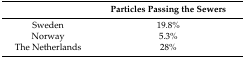
<table><thead><tr><td></td><td><b>Particles Passing the Sewers</b></td></tr></thead><tbody><tr><td>Sweden</td><td>19.8%</td></tr><tr><td>Norway</td><td>5.3%</td></tr><tr><td>The Netherlands</td><td>28%</td></tr></tbody></table>